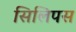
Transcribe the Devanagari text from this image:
सिलिपस